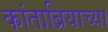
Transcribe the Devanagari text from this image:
कांताब्रियाच्या